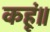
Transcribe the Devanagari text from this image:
कहूं॥